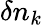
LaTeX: \delta n_{k}